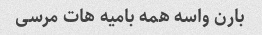
بارن واسه همه بامیه هات مرسی